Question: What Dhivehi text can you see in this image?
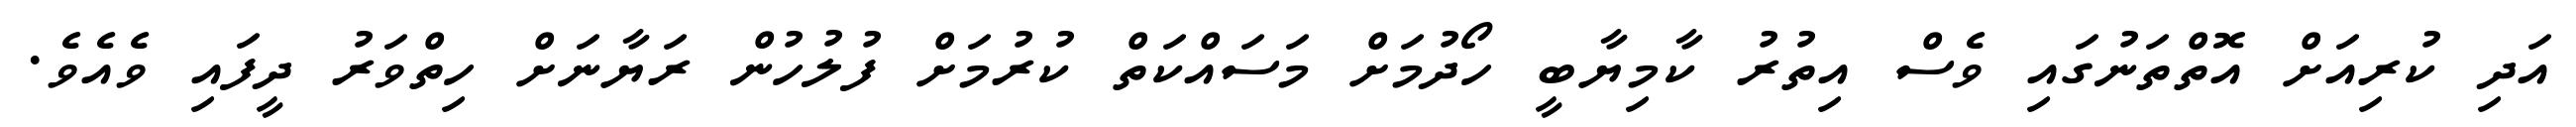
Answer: އަދި ކުރިއަށް އޮތްތަނުގައި ވެސް އިތުރު ކާމިޔާބީ ހޯދުމަށް މަސައްކަތް ކުރުމަށް ފުލުހުން ރަޔާނަށް ހިތްވަރު ދީފައި ވެއެވެ.